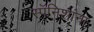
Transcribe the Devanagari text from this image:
स्पॅनिशांना